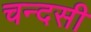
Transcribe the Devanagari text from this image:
चन्दसी